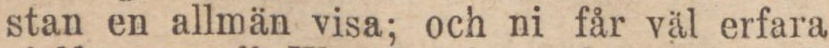
stan en allmän visa; och ni får väl erfara